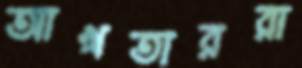
আখতাররা